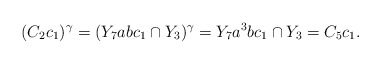
\begin{align*}(C_2c_1)^{\gamma}=(Y_7abc_1\cap Y_3)^{\gamma}=Y_7a^3bc_1\cap Y_3=C_5c_1.\end{align*}